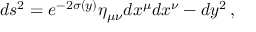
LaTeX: d s ^ { 2 } = e ^ { - 2 \sigma ( y ) } \eta _ { \mu \nu } d x ^ { \mu } d x ^ { \nu } - d y ^ { 2 } \, ,